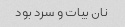
نان بیات و سرد بود